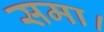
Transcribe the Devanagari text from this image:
समा।